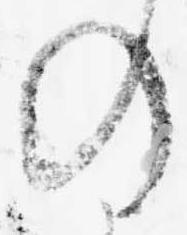
の